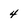
Character: 4